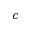
c